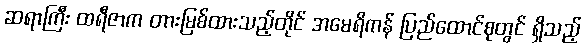
ဆရာကြီး ထရီဇာက တားမြစ်ထားသည့်တိုင် အမေရိကန် ပြည်ထောင်စုတွင် ရှိသည့်